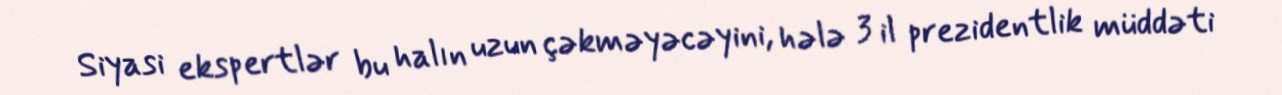
Siyasi ekspertlər bu halın uzun çəkməyəcəyini, hələ 3 il prezidentlik müddəti